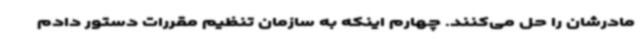
مادرشان را حل می‌کنند. چهارم اینکه به سازمان تنظیم مقررات دستور دادم